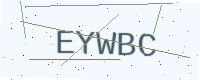
Text: EYWBC